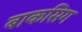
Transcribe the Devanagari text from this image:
बाकसिग